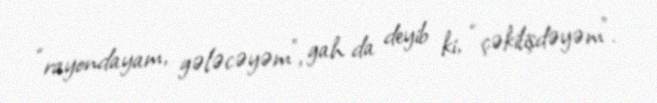
“rayondayam, gələcəyəm”, gah da deyib ki, “çəkilişdəyəm”.